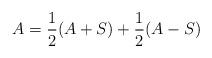
LaTeX: \begin{align*}A =\frac{1}{2}(A + S) + \frac{1}{2}(A-S)\end{align*}